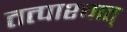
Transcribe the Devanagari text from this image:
तत्पाश्चात्